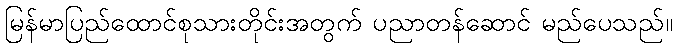
မြန်မာပြည်ထောင်စုသားတိုင်းအတွက် ပညာတန်ဆောင် မည်ပေသည်။